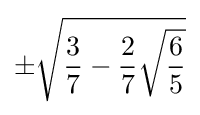
\pm {\sqrt {{\frac {3}{7}}-{\frac {2}{7}}{\sqrt {\frac {6}{5}}}}}